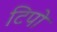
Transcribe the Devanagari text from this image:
टिपो